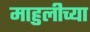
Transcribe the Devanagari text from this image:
माहुलीच्या